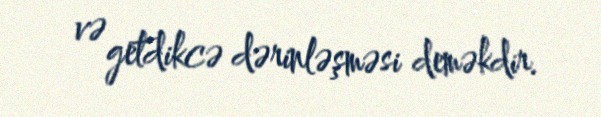
və getdikcə dərinləşməsi deməkdir.